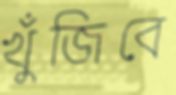
খুঁজিবে